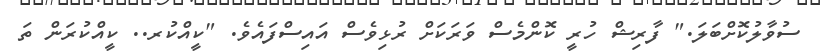
ސުވާލުކޮށްބަލަ." ފާރިޝް ހުރީ ކޮންމެސް ވަރަކަށް ރުޅިވެސް އައިސްފައެވެ. "ކީއްކުރ.. ކީއްކުރަން ތަ